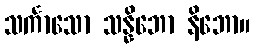
သင်္ကာသော သန္နိဘော နိဘော။